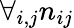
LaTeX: \forall_{i,j}n_{ij}